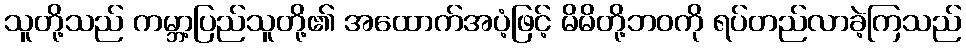
သူတို့သည် ကမ္ဘာ့ပြည်သူတို့၏ အထောက်အပံ့ဖြင့် မိမိတို့ဘဝကို ရပ်တည်လာခဲ့ကြသည်